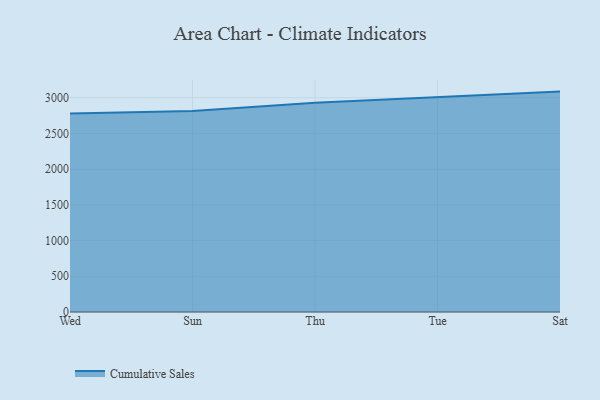
{"axis": {"x": "Day", "y": "Conversion Rate (%)"}, "legend": ["Cumulative Sales"], "data": [{"x": "Wed", "y": 2777.4, "type": "Cumulative Sales"}, {"x": "Sun", "y": 2813.6, "type": "Cumulative Sales"}, {"x": "Thu", "y": 2928.1, "type": "Cumulative Sales"}, {"x": "Tue", "y": 3005.5, "type": "Cumulative Sales"}, {"x": "Sat", "y": 3085.6, "type": "Cumulative Sales"}]}